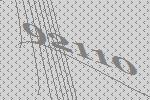
92110